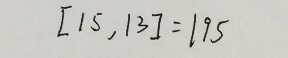
[ 1 5 , 1 3 ] = 1 9 5